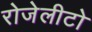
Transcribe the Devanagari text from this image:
रोजेलीटो